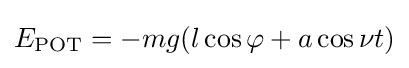
E_{\mathrm {POT} }=-mg(l\cos \varphi +a\cos \nu t)